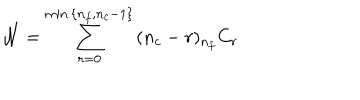
{ \cal N } = \sum _ { r = 0 } ^ { \mathrm { m i n } \, \{ n _ { f } , n _ { c } - 1 \} } \, ( n _ { c } - r ) { } _ { n _ { f } } C _ { r }